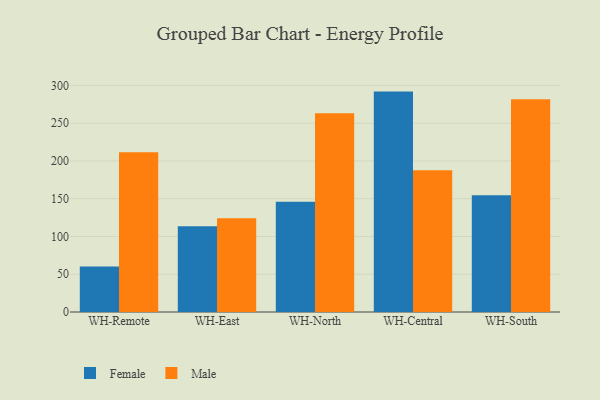
{"axis": {"x": "Warehouse", "y": "Waste Production (Tons)"}, "legend": ["Female", "Male"], "data": [{"x": "WH-Remote", "y": 60.4, "type": "Female"}, {"x": "WH-Remote", "y": 211.5, "type": "Male"}, {"x": "WH-East", "y": 113.5, "type": "Female"}, {"x": "WH-East", "y": 124.3, "type": "Male"}, {"x": "WH-North", "y": 146.0, "type": "Female"}, {"x": "WH-North", "y": 263.3, "type": "Male"}, {"x": "WH-Central", "y": 291.9, "type": "Female"}, {"x": "WH-Central", "y": 187.9, "type": "Male"}, {"x": "WH-South", "y": 154.7, "type": "Female"}, {"x": "WH-South", "y": 281.7, "type": "Male"}]}